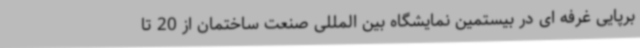
برپایی غرفه ای در بیستمین نمایشگاه بین المللی صنعت ساختمان از 20 تا